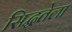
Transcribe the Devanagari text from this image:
सिद्धतेला